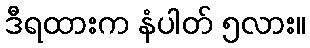
ဒီရထားက နံပါတ် ၅လား။